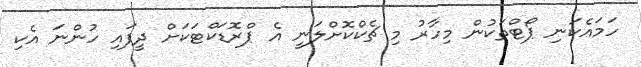
ހަމައެކަނި ޕޯޓްތަކުން މިހާރު މި ޗެކްކޮށްލަނީ އެ ޕްރޮޑަކްޓަކަށް ދީފައި ހުންނަ އެކި